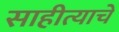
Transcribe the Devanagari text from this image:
साहीत्याचे